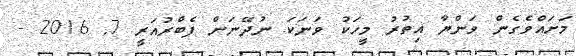
މަށައްވެގެން ވަންޔާ އިތުރު މީހަކު ވަނަކަ ނުދޭނަން ފެބްރުއަރީ 7